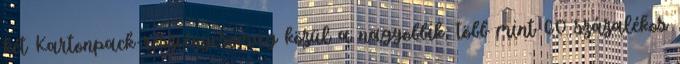
két Kartonpack-részvénycsomag közül a nagyobbik, több mint 60 százalékos